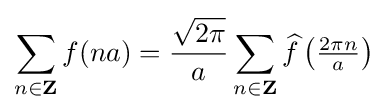
\sum _{n\in \mathbf {Z} }f(na)={\frac {\sqrt {2\pi }}{a}}\sum _{n\in \mathbf {Z} }{\widehat {f}}\left({\tfrac {2\pi n}{a}}\right)